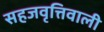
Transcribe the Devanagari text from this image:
सहजवृत्तिवाली